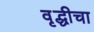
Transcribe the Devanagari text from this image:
वृद्धीचा